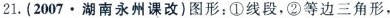
21.(2007·湖南永州课改)图形：①线段，②等边三角形，